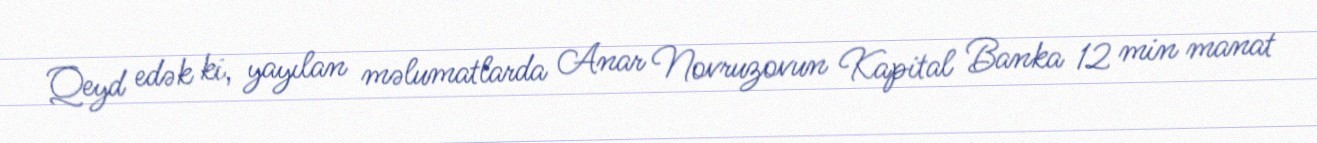
Qeyd edək ki, yayılan məlumatlarda Anar Novruzovun Kapital Banka 12 min manat